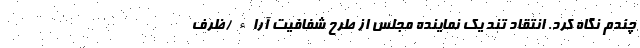
چندم نگاه کرد. انتقاد تند یک نماینده مجلس از طرح شفافیت آراء /ظرف